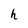
Character: h